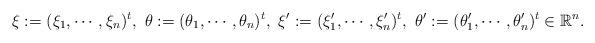
LaTeX: \begin{align*}\xi :=(\xi _1,\cdots,\xi _n)^t,\ \theta :=(\theta _1,\cdots,\theta _n)^t,\ \xi ':=(\xi '_1,\cdots,\xi '_n)^t,\ \theta ':=(\theta '_1,\cdots,\theta '_n)^t\in \mathbb{R}^n. \end{align*}